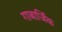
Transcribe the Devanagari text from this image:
गाबार्जिक